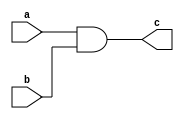
`timescale 1ns / 1ps

module andGate
    (
    input  a,b,
    output c
    );
    
    assign c = a & b;
    
endmodule